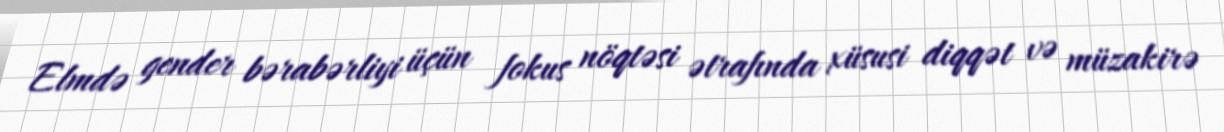
Elmdə gender bərabərliyi üçün fokus nöqtəsi ətrafında xüsusi diqqət və müzakirə